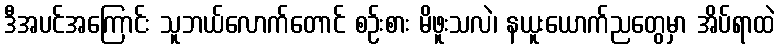
ဒီအပင်အကြောင်း သူဘယ်လောက်တောင် စဉ်းစား မိဖူးသလဲ၊ နယူးယောက်ညတွေမှာ အိပ်ရာထဲ